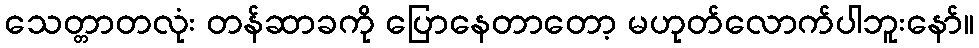
သေတ္တာတလုံး တန်ဆာခကို ပြောနေတာတော့ မဟုတ်လောက်ပါဘူးနော်။